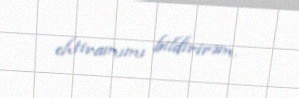
ehtiramımı bildirirəm.